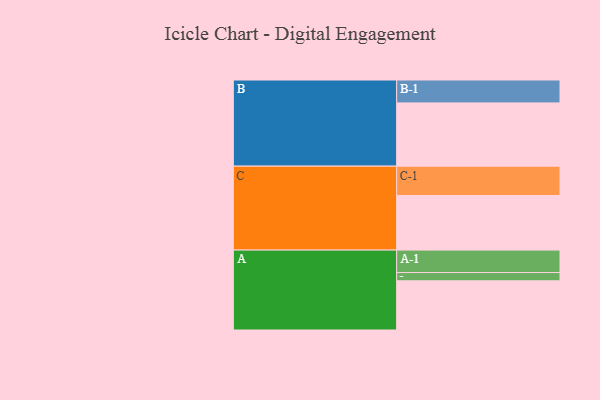
{"axis": {"x": "Segment", "y": "Value"}, "legend": ["", "A", "B", "C"], "data": [{"x": "A", "y": 464, "type": ""}, {"x": "B", "y": 597, "type": ""}, {"x": "C", "y": 515, "type": ""}, {"x": "A-1", "y": 212, "type": "A"}, {"x": "A-2", "y": 78, "type": "A"}, {"x": "B-1", "y": 216, "type": "B"}, {"x": "C-1", "y": 277, "type": "C"}]}